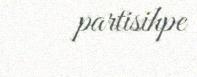
partisihpe